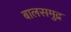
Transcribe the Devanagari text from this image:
बालसमुद्र